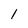
Character: 1